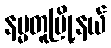
နမ္မတူမြို့နယ်